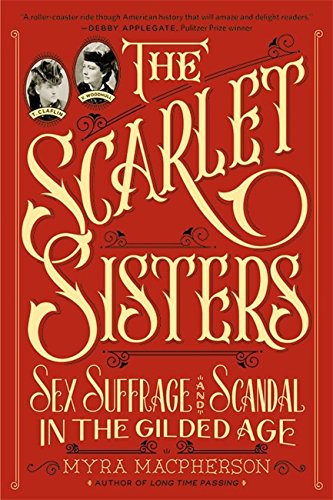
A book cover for The Scarlet Sisters: Sex, Suffrage, and Scandal in the Gilded Age; Myra MacPherson; Parenting & Relationships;